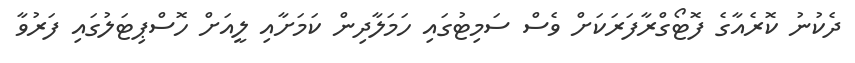
ދެކުނު ކޮރެއާގެ ފޮޓޯގްރާފަރަކަށް ވެސް ސަމިޓުގައި ހަމަލާދިން ކަމަށާއި ލީއަށް ހޮސްޕިޓަލުގައި ފަރުވާ